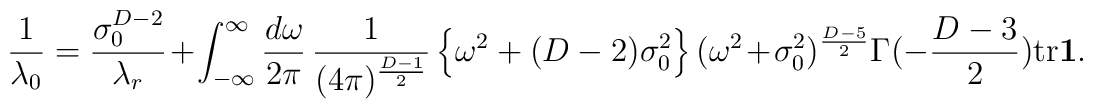
\frac{1}{\lambda_{0}} =  \frac{\sigma_{0}^{D-2}}{\lambda_{r}}  + \int_{-\infty}^{\infty}\frac{d\omega}{2\pi} \,  \frac{1}{(4\pi)^{\frac{D-1}{2}}}  \left\{ \omega^{2}+(D-2)\sigma_{0}^{2} \right\}  (\omega^{2}+\sigma_{0}^{2})^{\frac{D-5}{2}}  \Gamma(-\frac{D-3}{2}) \mbox{tr}\mbox{\boldmath$1$} .